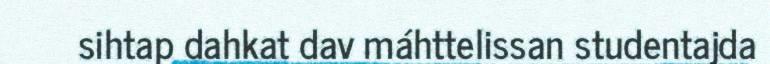
sihtap dahkat dav máhttelissan studentajda